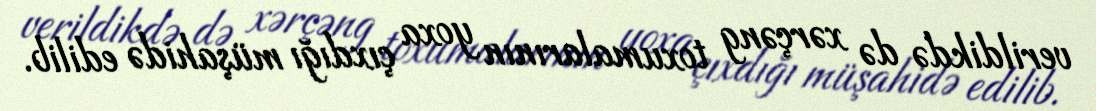
verildikdə də xərçəng toxumalarının yoxa çıxdığı müşahidə edilib.